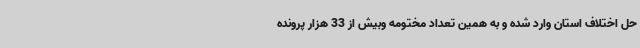
حل اختلاف استان وارد شده و به همین تعداد مختومه وبیش از 33 هزار پرونده